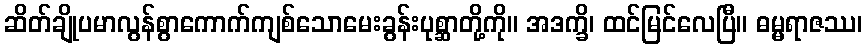
ဆိတ်ချိုပမာလွန်စွာကောက်ကျစ်သောမေးခွန်းပုစ္ဆာတို့ကို။ အဒက္ခိ၊ ထင်မြင်လေပြီ။ ဓမ္မရာဇဿ၊